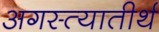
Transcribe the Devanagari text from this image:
अगस्त्यातीर्थ